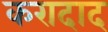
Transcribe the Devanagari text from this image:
करादाद